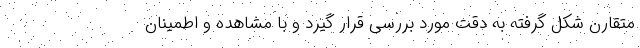
متقارن شکل گرفته به دقت مورد بررسی قرار گیرد و با مشاهده و اطمینان